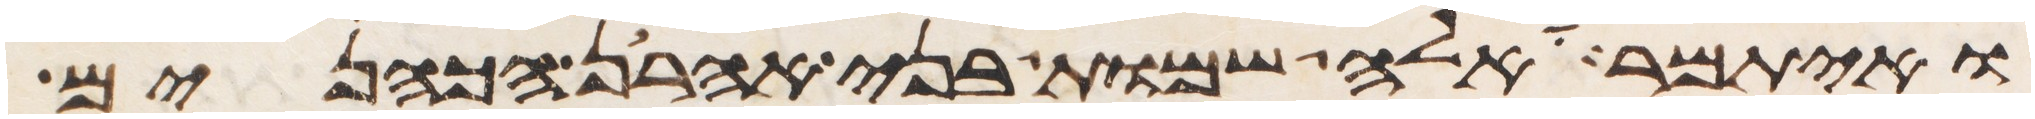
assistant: ואיתמר אלה שמות בני אהרן הכהנים